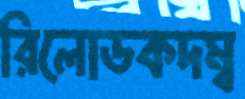
রিলোডকদম্ব